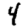
Digit: 4